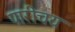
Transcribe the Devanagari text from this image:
पारीचय